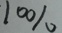
1 0 \%